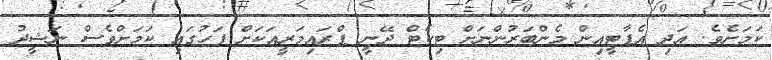
ކަމަށެވެ. އަދި އެޕާޓީއިން މެންބަރުންނަށް ޓިކެޓް ދޭނީ ޕްރައިމަރީއަކަށް ފަހުގައި ކަމަށްވެސް ނަޝީދު